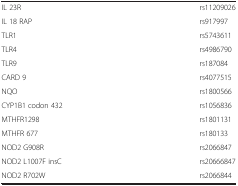
<table><thead><tr><td><b> </b></td><td><b> </b></td></tr></thead><tbody><tr><td>IL 23R</td><td>rs11209026</td></tr><tr><td>IL 18 RAP</td><td>rs917997</td></tr><tr><td>TLR1</td><td>rs5743611</td></tr><tr><td>TLR4</td><td>rs4986790</td></tr><tr><td>TLR9</td><td>rs187084</td></tr><tr><td>CARD 9</td><td>rs4077515</td></tr><tr><td>NQO</td><td>rs1800566</td></tr><tr><td>CYP1B1 codon 432</td><td>rs1056836</td></tr><tr><td>MTHFR1298</td><td>rs1801131</td></tr><tr><td>MTHFR 677</td><td>rs180133</td></tr><tr><td>NOD2 G908R</td><td>rs2066847</td></tr><tr><td>NOD2 L1007F insC</td><td>rs20666847</td></tr><tr><td>NOD2 R702W</td><td>rs2066844</td></tr></tbody></table>